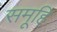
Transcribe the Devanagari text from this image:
समूहि